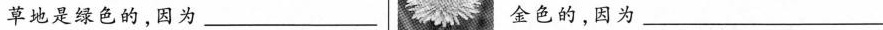
草地是绿色的，因为___金色的，因为___